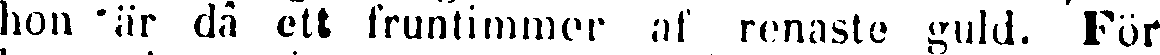
hon 'är då ett fruntimmer af renaste guld. För